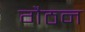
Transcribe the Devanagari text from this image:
गैठन